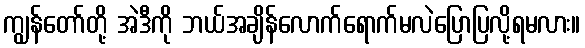
ကျွန်တော်တို့ အဲဒီကို ဘယ်အချိန်လောက်ရောက်မလဲပြောပြလို့ရမလား။